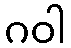
ဂဝါ